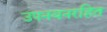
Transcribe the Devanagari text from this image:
उपनयनरहित